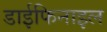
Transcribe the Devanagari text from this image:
डाईफिनाइल